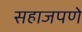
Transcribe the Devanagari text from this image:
सहाजपणे